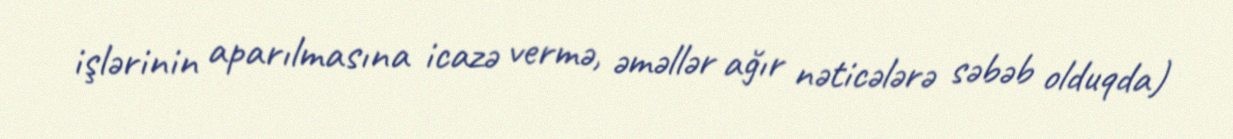
işlərinin aparılmasına icazə vermə, əməllər ağır nəticələrə səbəb olduqda)